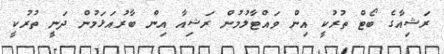
ރަޝިއާގެ ބޯޓް ތުރުކީ އިން ވައްޓާލުމުން ރަޝިއާ އިން ބާރުއަޅަމުން ދަނީ ތުރުކީ